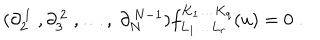
( \partial _ { 2 } ^ { \, 1 } \; , \partial _ { 3 } ^ { \, 2 } \; , \ldots , \ \partial _ { N } ^ { \, N - 1 } ) f _ { L _ { 1 } \ldots L _ { r } } ^ { K _ { 1 } \ldots K _ { q } } ( u ) = 0 \; .